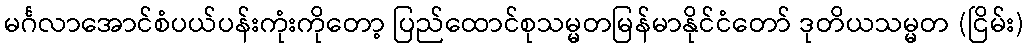
မင်္ဂလာအောင်စံပယ်ပန်းကုံးကိုတော့ ပြည်ထောင်စုသမ္မတမြန်မာနိုင်ငံတော် ဒုတိယသမ္မတ (ငြိမ်း)